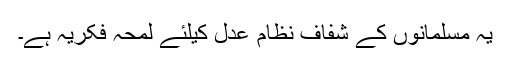
یہ مسلمانوں کے شفاف نظام عدل کیلئے لمحہ فکریہ ہے۔